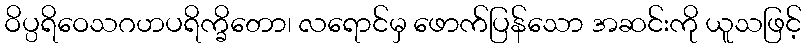
ဝိပ္ပရိဝေသဂဟပရိက္ခိတော၊ လရောင်မှ ဖောက်ပြန်သော အဆင်းကို ယူသဖြင့်